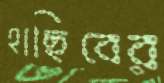
হাছিবের